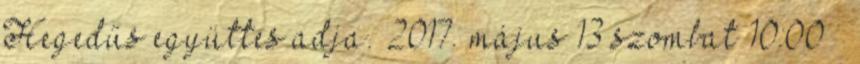
Hegedűs együttes adja. 2017. május 13 szombat 10:00 –